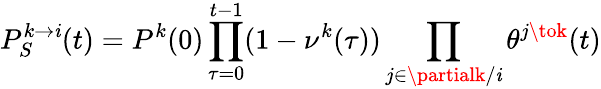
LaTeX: P_{S}^{k\to\mathit{i}}(t)=P^{k}(0)\prod_{\tau=0}^{t-1}(1-\nu^{k}(\tau))\prod_{j\in\partialk/\mathit{i}}\theta^{j\tok}(t)